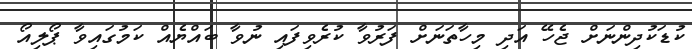
ކުޑަކުދިންނަށް ޖެހޭ އަދި މިހާތަނަށް ފަރުވާ ކުރެވިފައި ނުވާ ބައްޔެއް ކަމުގައިވާ ޕޯލިއޯ